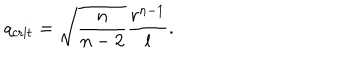
q _ { \mathrm { c r i t } } = \sqrt { \frac { n } { n - 2 } } \frac { r ^ { n - 1 } } { l } .